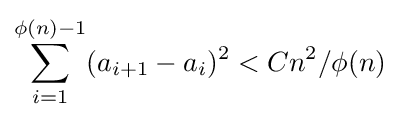
\sum _{i=1}^{\phi (n)-1}(a_{i+1}-a_{i})^{2}<Cn^{2}/\phi (n)